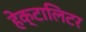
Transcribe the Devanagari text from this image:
हेक्टालिटर